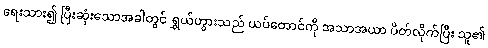
ရေးသား၍ ပြီးဆုံးသောအခါတွင် ရွှယ်ဟွားသည် ယပ်တောင်ကို အသာအယာ ပိတ်လိုက်ပြီး သူ၏